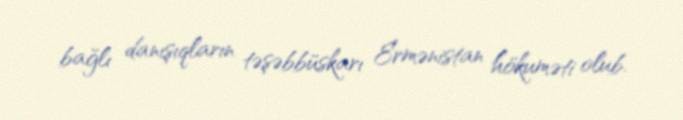
bağlı danışıqların təşəbbüskarı Ermənistan hökuməti olub.